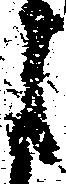
月